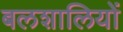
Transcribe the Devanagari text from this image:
बलशालियों